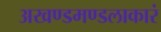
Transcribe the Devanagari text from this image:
अखण्डमण्डलाकारं